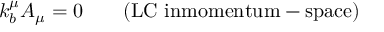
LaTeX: k _ { b } ^ { \mu } A _ { \mu } = 0 \qquad \mathrm { ( L C ~ i n m o m e n t u m - s p a c e ) }